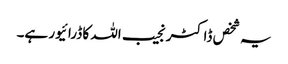
یہ شخص ڈاکٹر نجیب اللہ کا ڈرائیور ہے۔